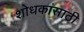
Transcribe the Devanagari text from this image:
शोधकांसाठी